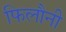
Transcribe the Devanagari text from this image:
फिलौनी